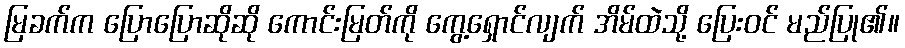
မြခက်က ပြောပြောဆိုဆို ကောင်းမြတ်ကို ကွေ့ရှောင်လျက် အိမ်ထဲသို့ ပြေးဝင် မည်ပြု၏။